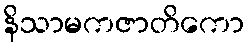
နိသာမကဇာတိကော